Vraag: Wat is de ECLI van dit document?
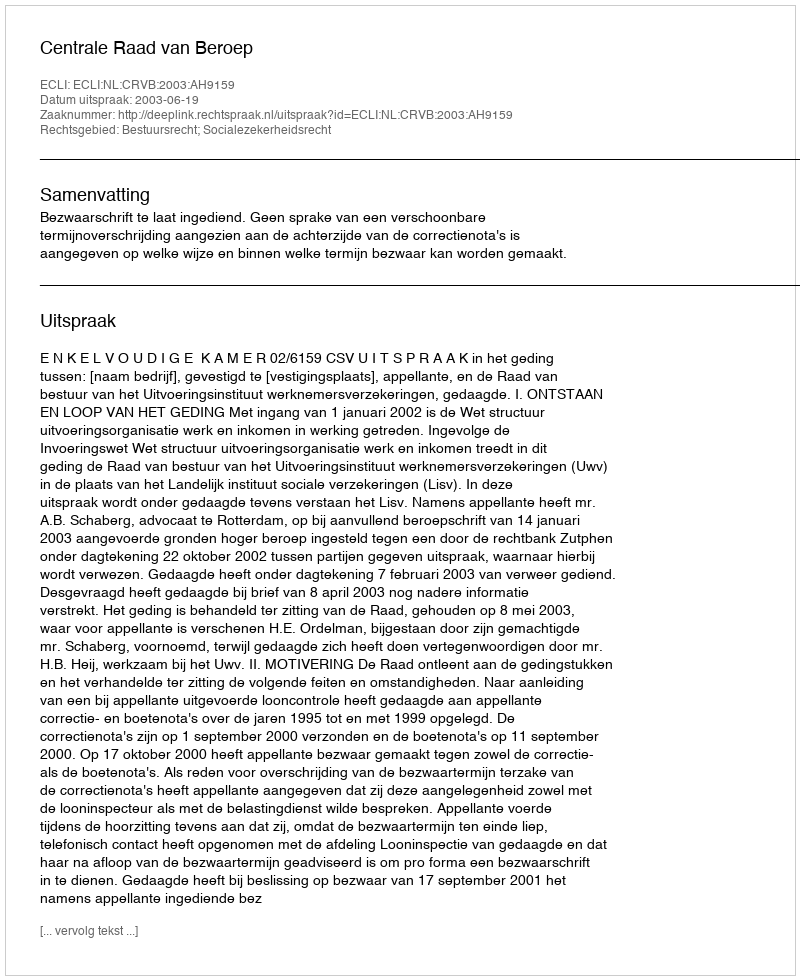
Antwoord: ECLI:NL:CRVB:2003:AH9159